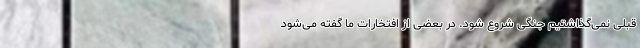
قبلی نمی‌گذاشتیم جنگی شروع شود. در بعضی از افتخارات ما گفته می‌شود